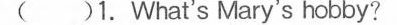
( )1.What's Mary's hobby?